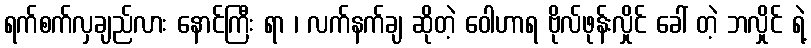
ရက်စက်လှချည်လား နောင်ကြီး ရာ ၊ လက်နက်ချ ဆိုတဲ့ ဝေါဟာရ ဗိုလ်ဖုန်းလှိုင် ခေါ် တဲ့ ဘလှိုင် ရဲ့